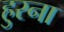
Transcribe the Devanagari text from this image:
हुस्ना